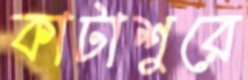
কাটাশুরে